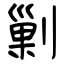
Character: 剿